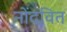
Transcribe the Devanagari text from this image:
नोंदवित